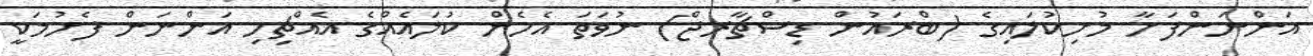
އަންނަންފަށާ މުށިކުލައިގެ (ބްރައުން ޑިސްޗާރޖް) ނުވަތަ އެހެން ކުލައެއްގެ އެއްޗިހި އަންނަން ފެށުމަކީ